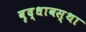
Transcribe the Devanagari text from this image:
वृद्धावस्‍था